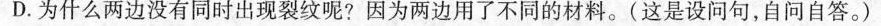
D.为什么两边没有同时出现裂纹呢?因为两边用了不同的材料。(这是设问句，自问自答。)